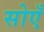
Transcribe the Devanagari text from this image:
सोएँ